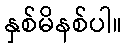
နှစ်မိနစ်ပါ။